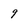
Character: 9